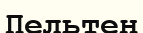
Пельтен